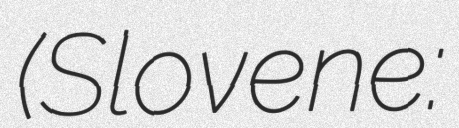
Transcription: (Slovene: